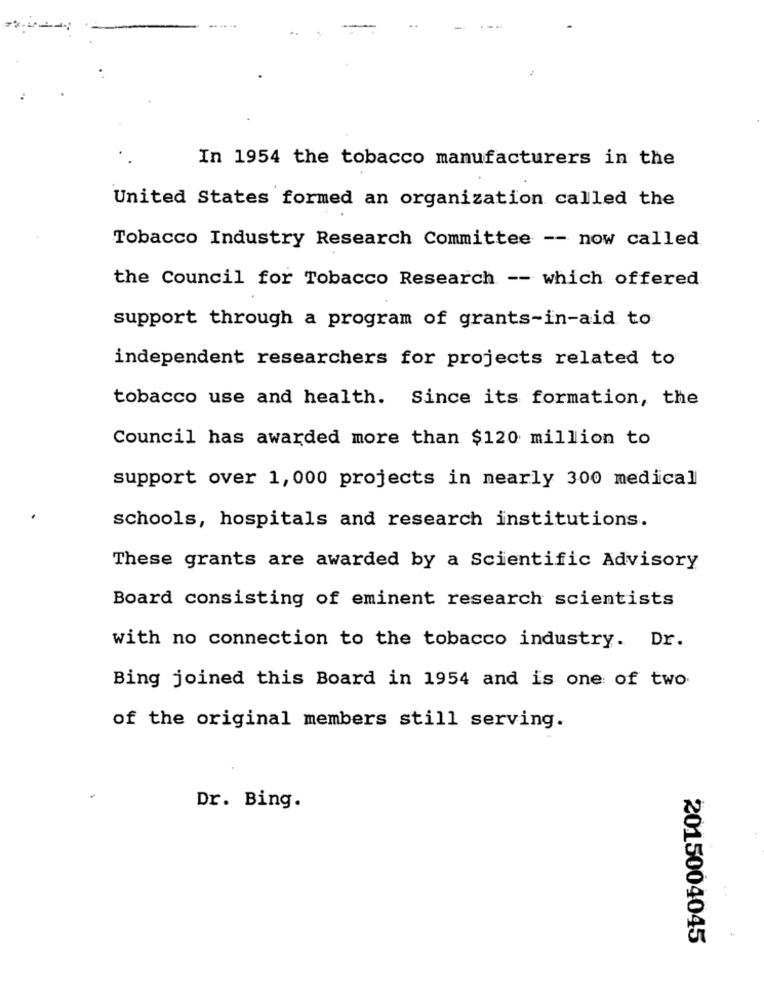
In 1954 the tobacco manufacturers in the
United States formed an organization called the
Tobacco Industry Research Committee -- now called
the Council for Tobacco Research -- which offered
support through a program of grants-in-aid to
independent researchers for projects related to
tobacco use and health. Since its formation, the
Council has awarded more than $120 million to
support over 1,000 projects in nearly 300 medical
schools, hospitals and research institutions.
These grants are awarded by a Scientific Advisory
Board consisting of eminent research scientists
with no connection to the tobacco industry. Dr.
Bing joined this Board in 1954 and is one of two
of the original members still serving.
Dr. Bing.
2015004045